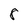
Character: 8